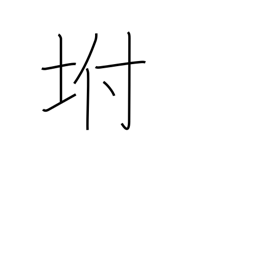
Meaning: slope